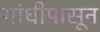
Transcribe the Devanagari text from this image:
गांधीपासून